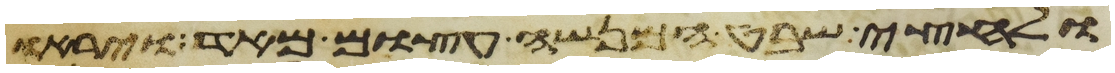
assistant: ולחצי שבט המנשה עצום מאד ויראו